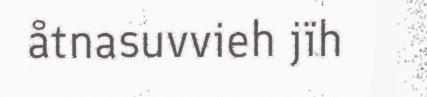
åtnasuvvieh jïh